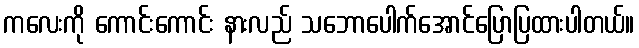
ကလေးကို ကောင်းကောင်း နားလည် သဘောပေါက်အောင်ပြောပြထားပါတယ်။